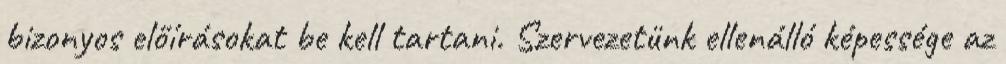
bizonyos előírásokat be kell tartani. Szervezetünk ellenálló képessége az